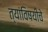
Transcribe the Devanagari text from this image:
त्यांविषयीचे